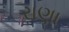
રાણા